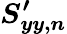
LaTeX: \boldsymbol{S_{\mathit{y}\mathit{y},n}^{\prime}}